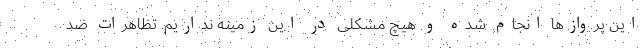
این پروازها انجام شده و هیچ مشکلی در این زمینه نداریم. تظاهرات ضد